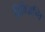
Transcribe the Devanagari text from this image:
विविञ्चन्ति